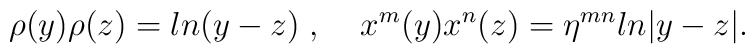
\rho(y)\rho(z) = ln(y-z)\;,\;\;\;\;x^{m}(y)x^{n}(z) = \eta^{mn} ln|y-z|.